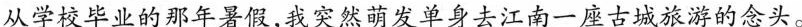
从学校毕业的那年暑假，我突然萌发单身去江南一座古城旅游的念头。